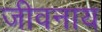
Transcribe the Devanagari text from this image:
जीवनाय